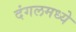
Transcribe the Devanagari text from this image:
दंगलमध्ये